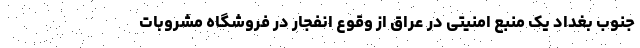
جنوب بغداد یک منبع امنیتی در عراق از وقوع انفجار در فروشگاه مشروبات